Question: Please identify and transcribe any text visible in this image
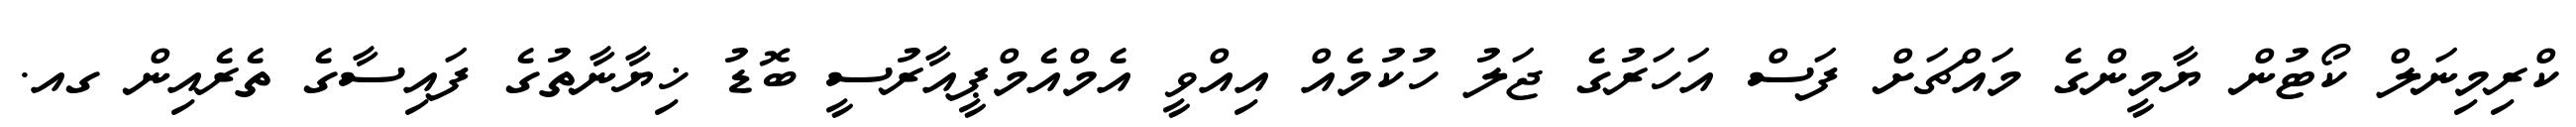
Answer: ކްރިމިނަލް ކޯޓުން ޔާމީންގެ މައްޗަށް ފަސް އަހަރުގެ ޖަލު ހުކުމެއް އިއްވީ އެމްއެމްޕީއާރުސީ ބޮޑު ޚިޔާނާތުގެ ފައިސާގެ ތެރެއިން ގއ.